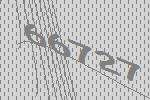
66727